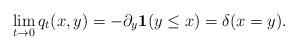
LaTeX: \begin{align*}\lim_{t \to 0}q_t(x,y)=-\partial_y \textbf{1}(y\le x)=\delta(x=y).\end{align*}